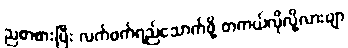
ညစာစားပြီး လက်ဖက်ရည်သောက်ဖို့ တကယ်လိုလို့လားဗျာ